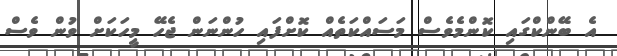
އެ ބޭންކްގައި ކޮންމެވެސް މަސައްކަތެއް ކޮށްފައި ހުންނަން ޖެހޭ މީހަކަށް ވުން ވެސް